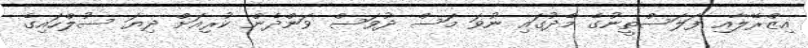
އިޒްރޭލާއި ފަލަސްތީނުގެ މެދުގައި ނުވަ މަސް ދުވަސް ވަންދެން ކުރިއަށް ދިޔަ ސުލްހައިގެ